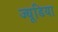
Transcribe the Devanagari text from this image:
ज्यूडिया